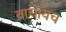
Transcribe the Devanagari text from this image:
वाचायच